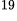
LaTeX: ^\textrm{\scriptsize 19}